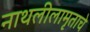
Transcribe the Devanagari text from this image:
नाथलीलामृताचे